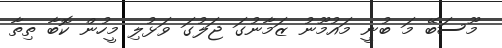
މޫސަބޭ މަ ބުނީ މައުމޫނު ޒަމާނުގަ ޖަލުގަ ވަޅުލި މީހުން ކޮބާ ތިތާ